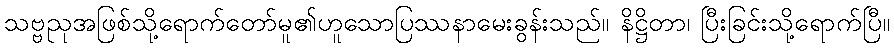
သဗ္ဗညုအဖြစ်သို့ရောက်တော်မူ၏ဟူသောပြဿနာမေးခွန်းသည်။ နိဋ္ဌိတာ၊ ပြီးခြင်းသို့ရောက်ပြီ။